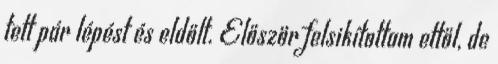
tett pár lépést és eldőlt. Először felsikítottam ettől, de